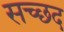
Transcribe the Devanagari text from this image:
सच्छद